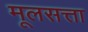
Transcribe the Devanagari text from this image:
मूलसत्ता